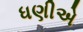
ધણીએ